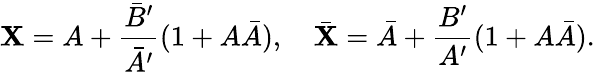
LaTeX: \mathbf{X}=A+\frac{{{\bar{{B}}}^{\prime}}}{{{\bar{{A}}}^{\prime}}}(1+A\bar{{A}}),\quad\bar{{\mathbf{X}}}=\bar{{A}}+\frac{{B^{\prime}}}{{A^{\prime}}}(1+A\bar{{A}}).